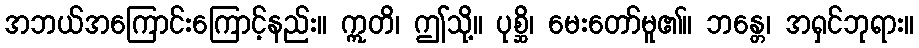
အဘယ်အကြောင်းကြောင့်နည်း။ ဣတိ၊ ဤသို့။ ပုစ္ဆိ၊ မေးတော်မူ၏။ ဘန္တေ၊ အရှင်ဘုရား။